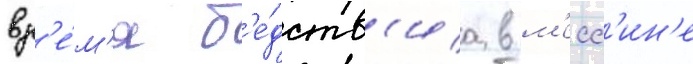
вр'е́м'я б'е́дств'иа в м'есс'ин'е